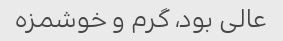
عالی بود، گرم و خوشمزه